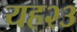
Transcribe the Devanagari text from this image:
यह२३